Vaccination in Bombay 1856-1862 - 1856-1862
Year: 1856
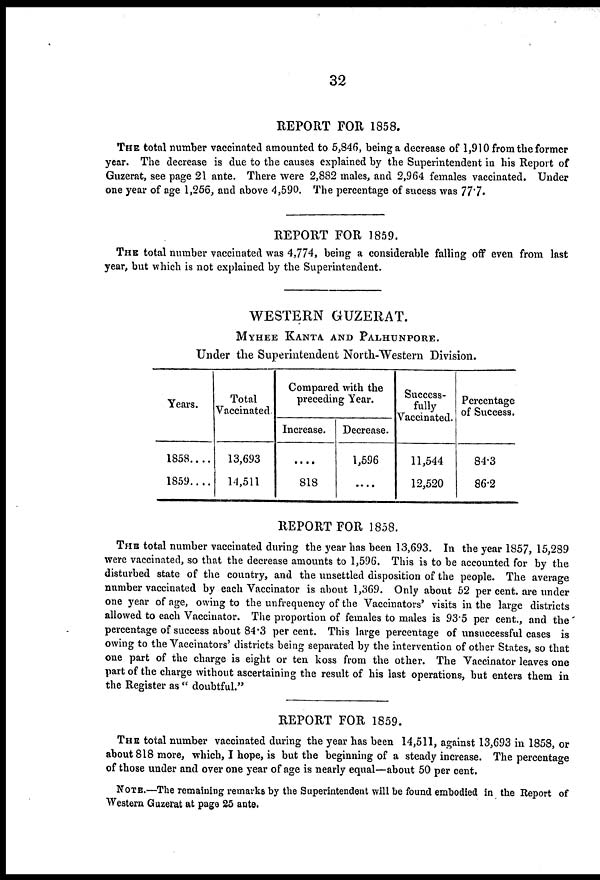
32
REPORT FOR 1858.
THE total number vaccinated amounted to 5,846, being a decrease of 1,910 from the former
year. The decrease is due to the causes explained by the Superintendent in his Report of
Guzerat, see page 21 ante. There were 2,882 males, and 2,964 females vaccinated. Under
one year of age 1,256, and above 4,590. The percentage of sucess was 77.7.
REPORT FOR 1859.
THE total number vaccinated was 4,774, being a considerable falling off even from last
year, but which is not explained by the Superintendent.
WESTERN GUZERAT.
MYHEE KANTA AND PALHUNPORE.
Under the Superintendent North-Western Division.
Years.
1858....
1859....
Total
Vaccinated.
13,693
14,511
Compared with the
preceding Year.
Increase.
....
818
Decrease.
1,596
....
Success-
fully
Vaccinated.
11,544
12,520
Percentage
of Success.
84.3
86.2
REPORT FOR 1858.
THE total number vaccinated during the year has been 13,693. In the year 1857, 15,289
were vaccinated, so that the decrease amounts to 1,596. This is to be accounted for by the
disturbed state of the country, and the unsettled disposition of the people. The average
number vaccinated by each Vaccinator is about 1,369. Only about 52 per cent. are under
one year of age, owing to the unfrequency of the Vaccinators' visits in the large districts
allowed to each Vaccinator. The proportion of females to males is 93.5 per cent., and the
percentage of success about 84.3 per cent. This large percentage of unsuccessful cases is
owing to the Vaccinators' districts being separated by the intervention of other States, so that
one part of the charge is eight or ten koss from the other. The Vaccinator leaves one
part of the charge without ascertaining the result of his last operations, but enters them in
the Register as " doubtful."
REPORT FOR 1859.
THE total number vaccinated during the year has been 14,511, against 13,693 in 1858, or
about 818 more, which, I hope, is but the beginning of a steady increase. The percentage
of those under and over one year of age is nearly equal—about 50 per cent.
NOTE.—The remaining remarks by the Superintendent will be found embodied in the Report of
Western Guzerat at page 25 ante.